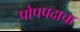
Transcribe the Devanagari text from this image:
पोपपदाचा